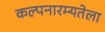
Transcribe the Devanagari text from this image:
कल्पनारम्यतेला